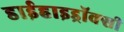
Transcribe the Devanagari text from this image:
डाईहाइड्रॉक्सी